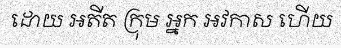
ដោយ អតីត ក្រុម អ្នក អវកាស ហើយ